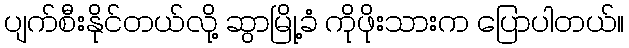
ပျက်စီးနိုင်တယ်လို့ ဆွာမြို့ခံ ကိုဖိုးသားက ပြောပါတယ်။